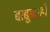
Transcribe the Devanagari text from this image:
बाबुबरही